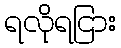
ရလိုရငြား